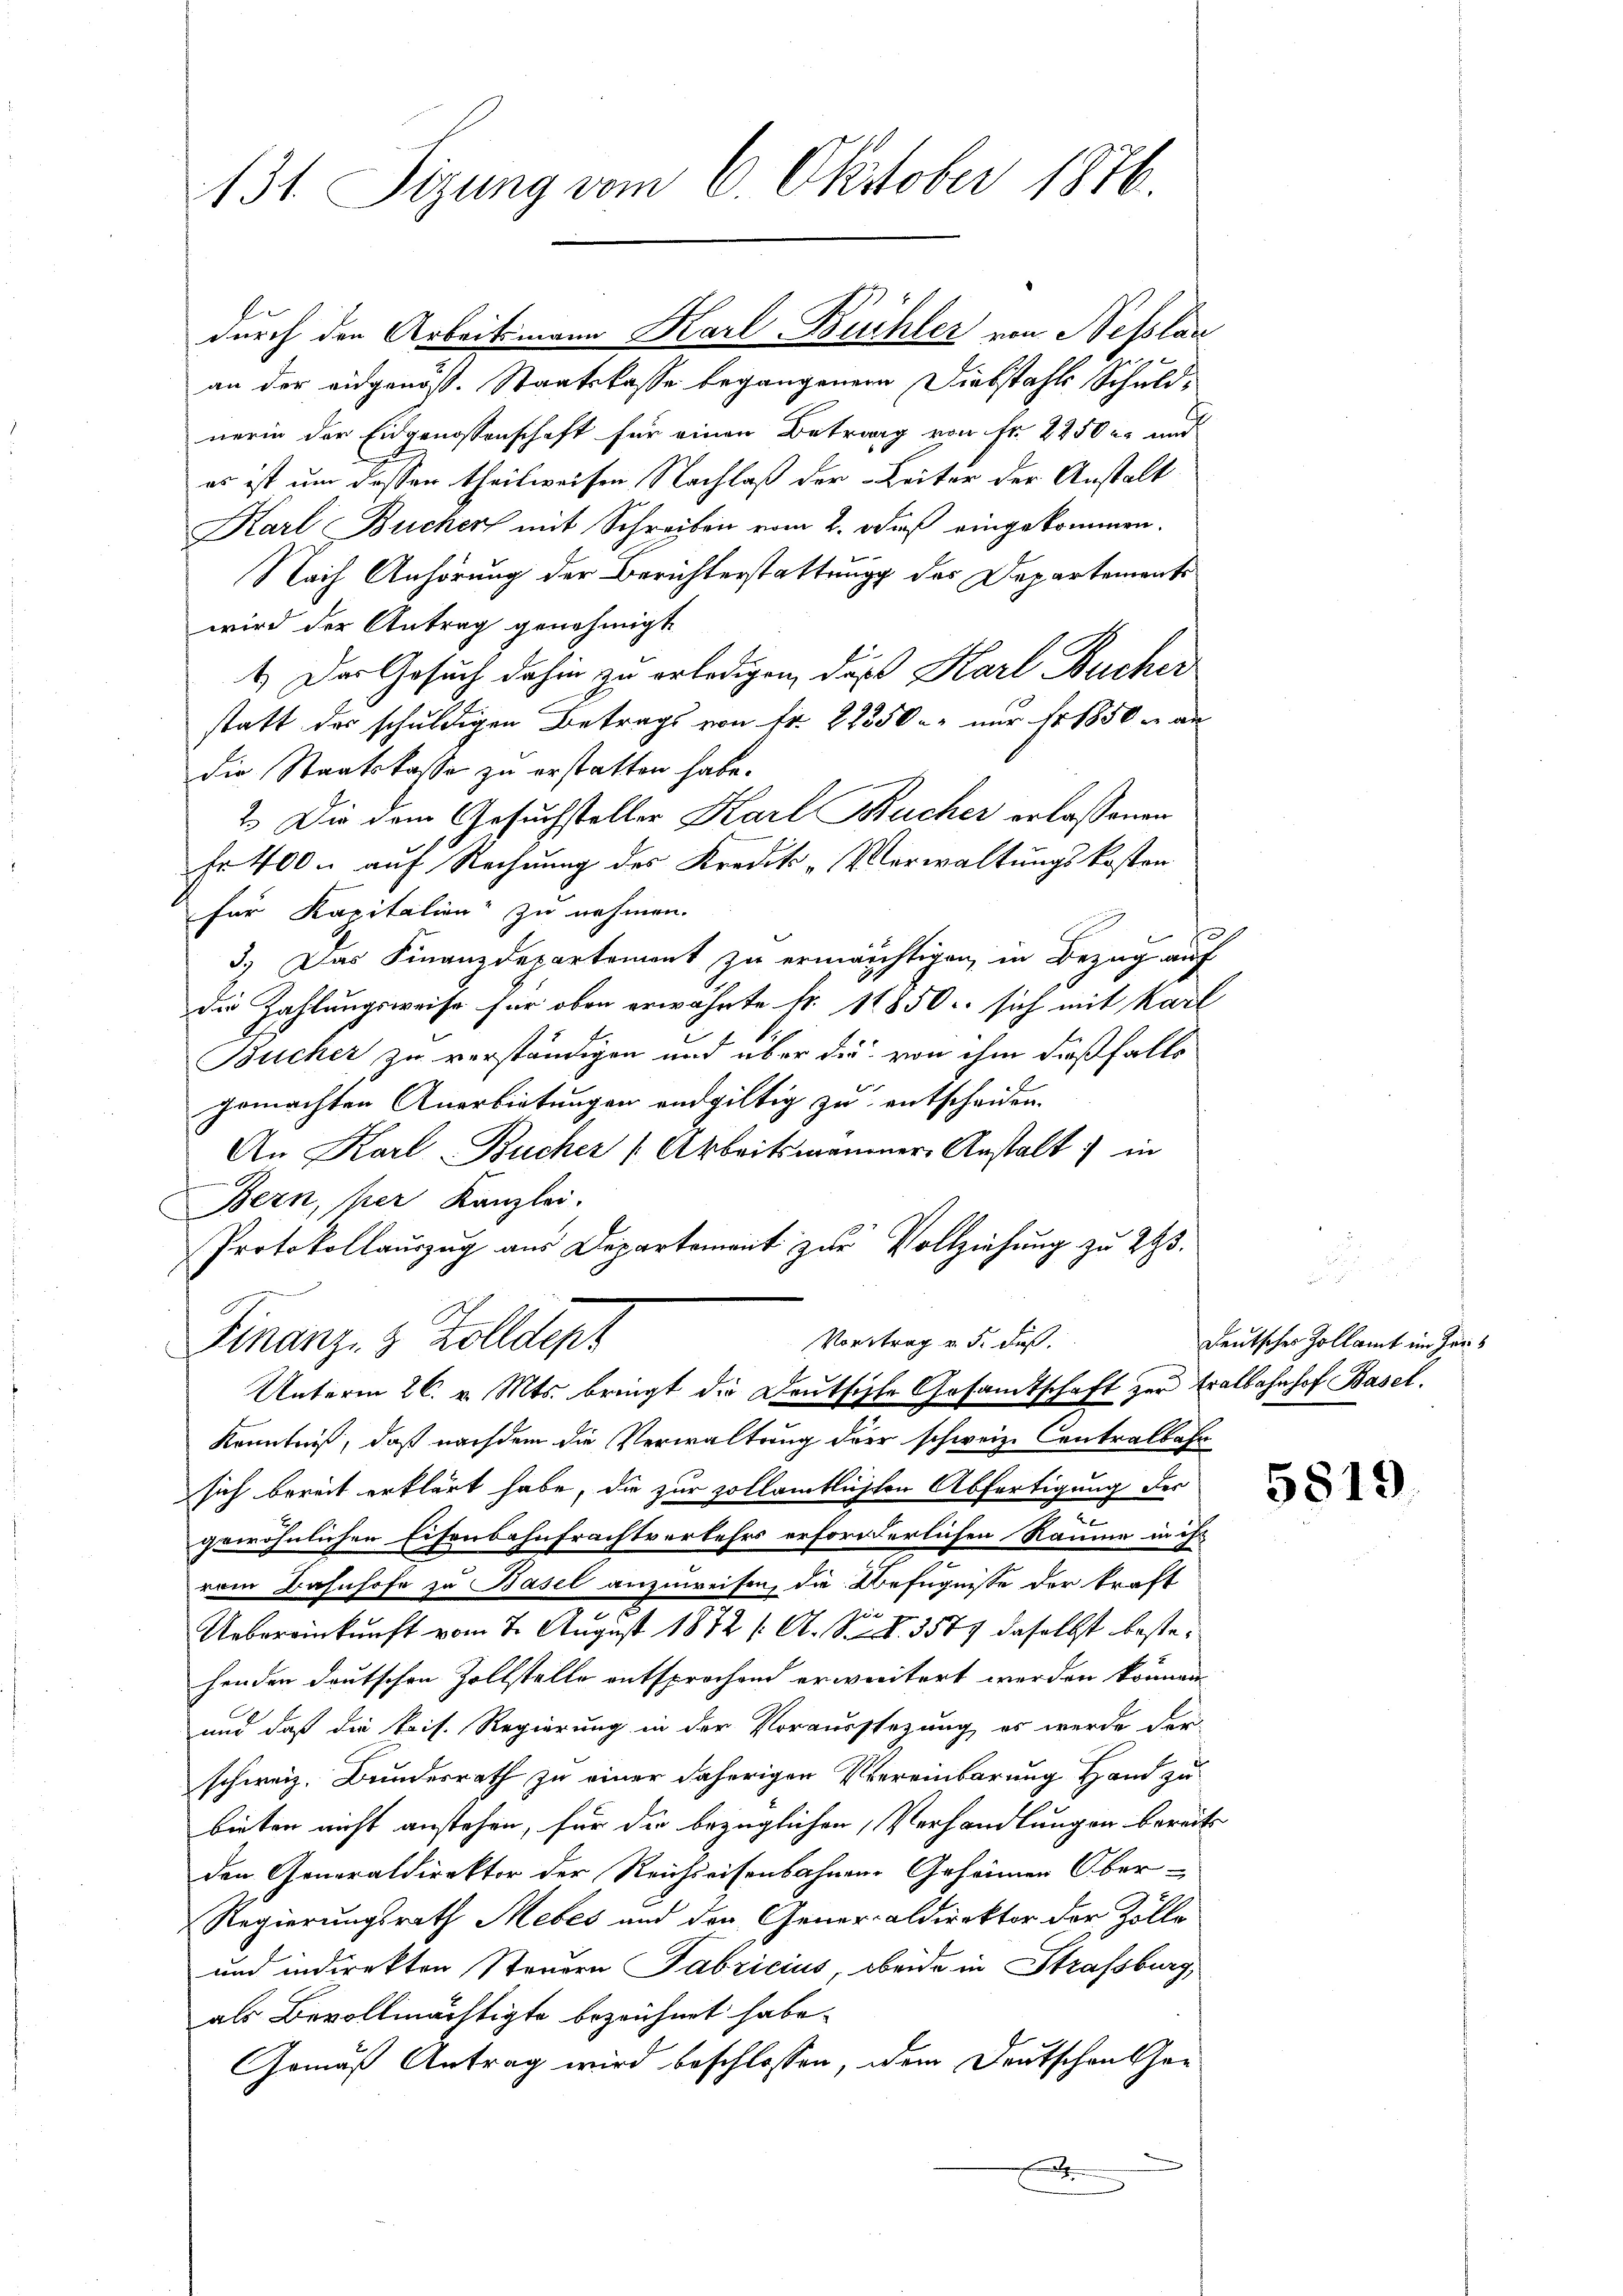
131. Sizung vom 6. Oktober 1876.

an der eidgenöss. Staatskasse begangener Diebstahls Schuldnerin der Eidgenossenschaft für einen Betrag von Fr. 2250 l. und
es ist um dassen theilweisen Nachlaß der Leiter der Anstalt
Karl Bucher mit Schreiben vom 2. daß eingekommen.
Nach Anhörung der Berichterstattung des Departements
wird der Antrag genehmigt.
1.) Der Gesuch dahin zu erledigen, daß Karl Bucher
statt des schuldigen Betrags von fr. 22350 nur Nr. 1850 m an
die Staatskasse zu erstatten habe.
2.) Die dem Gesuchsteller Karl Bucher erlassenen
Fr 400. auf Rechnung der Kredit-Verwaltungskosten
für Kapitalien zu nehmen.
3.) Das Finanzdepartement zu ermächtigen, in Bezug auf
die Zahlungsweise für oben erwähnte Fr. 11850 sich mit Karl
Bücher zu verständigen und über die von ihm dießfalls
gemachten Anerbietungen endgültig zu entscheiden.
An Karl Bucher Arbeitsmanner-Anstalt in
Bern, per Kanzlei.
Protokollaŭszŭg aŭs Departement zŭr Vollziehung zu 243.
Vortrag v. 5. dieß.
Finanz- & Zolldept
Unterm 26. v. Mts. bringt die Deutsche Gesandtschaft zur Eralbahnhof Basel.
Kenntniß, daß nachdem die Verwaltung der schweiz. Centralbahr
sich bereit erklärt habe, die zur vollamtlichten Abfertigung der
gewöhnlichen Eisenbahnfrachtverkehrs erforderlichen Räume in ihr
rem Bahnhofe zu Basel anzuweisen, die Befugnisse der kraft
spie
Uebereinkunft vom 7. August 1872 /: A. 10. 3579 daselbst bestehenden deutschen Zollstelle entsprochend erweitert werden können.
und daß die kais. Regierung in der Vorausstezung, es werde der-
schweiz. Bundesrath zu einer daherigen Vereinbarung Hand zu
bieten nicht anstehen, für die bezüglichen, Verhandlungen bereits
den Generaldirektor der Reichseisenbahnen Gehören Ober¬
Regierungsrath Mebes und den Generaldirektor der Zölle
und indirekten Steuern Fabricius, beide in Strafsburg,
als Bevollmächtigte bezeichnet habe.
Gemäß Antrag wird beschlossen, dem Deutschulther
F

durch den Arbeitsmann Karl Büchler von Nesslan

Deutsches Zollamt im Her¬

5819.